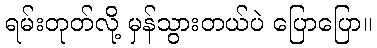
ရမ်းတုတ်လို့ မှန်သွားတယ်ပဲ ပြောပြော။